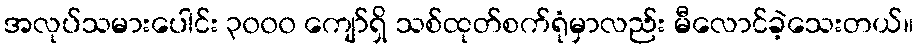
အလုပ်သမားပေါင်း ၃၀၀၀ ကျော်ရှိ သစ်ထုတ်စက်ရုံမှာလည်း မီလောင်ခဲ့သေးတယ်။